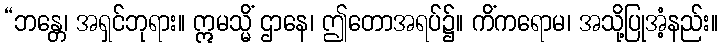
“ဘန္တေ၊ အရှင်ဘုရား။ ဣမသ္မိံ ဌာနေ၊ ဤတောအရပ်၌။ ကိံကရောမ၊ အသို့ပြုအံ့နည်း။